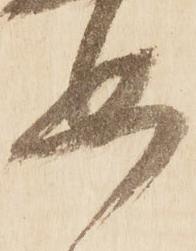
如